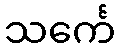
သင်္ကေ